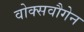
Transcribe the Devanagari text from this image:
वोक्सवौगेन